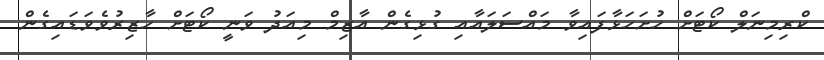
ކްރިމިނަލް ކޯޓަށް ހުށަހަޅާފައިވާ މައްސަލައާއި ގުޅިގެން އާޒިމް މިއަދު ވަނީ ކޯޓަށް ހާޒިރުވެވަޑައިގެން